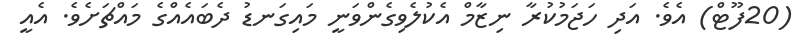
(20ފޫޓް) އެވެ. އަދި ހަޖަމުކުރާ ނިޒާމް އެކުލެވިގެންވަނީ މައިގަނޑު ދެބައެއްގެ މައްޗަށެވެ. އެއީ